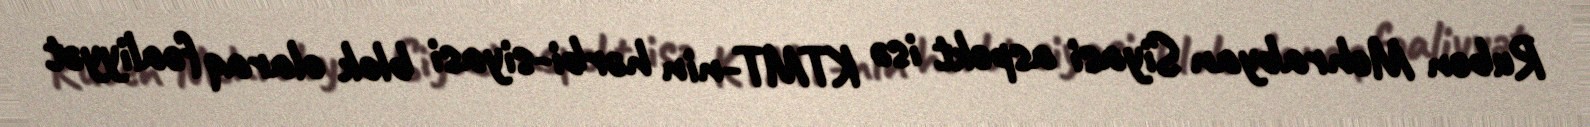
Ruben Mehrabyan Siyasi aspekt isə KTMT-nin hərbi-siyasi blok olaraq fəaliyyət